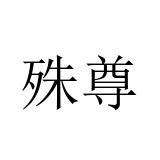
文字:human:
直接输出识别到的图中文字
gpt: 殊尊